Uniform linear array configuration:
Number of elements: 24
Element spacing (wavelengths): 1
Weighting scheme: uniform
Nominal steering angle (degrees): -60
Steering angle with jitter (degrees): -58.739
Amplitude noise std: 0.05
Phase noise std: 0.05

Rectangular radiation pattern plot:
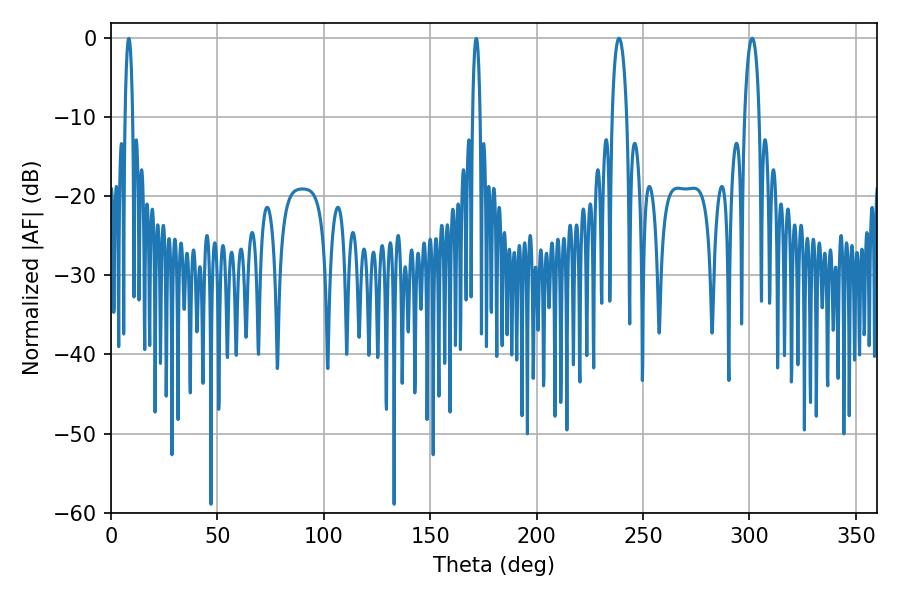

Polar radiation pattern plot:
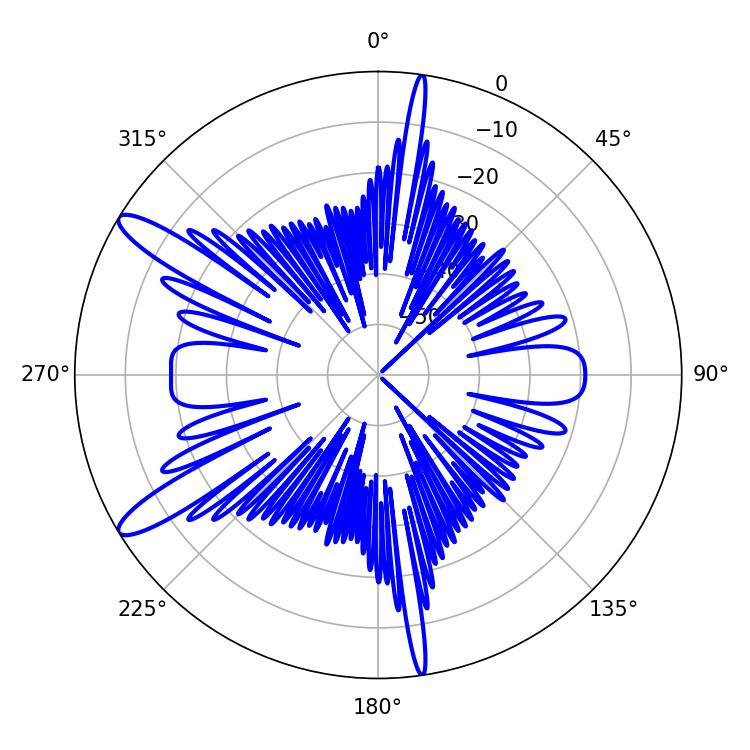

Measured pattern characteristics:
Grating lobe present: TRUE
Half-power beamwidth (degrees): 3.78
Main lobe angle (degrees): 238.68